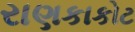
રાણકાકોટ